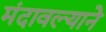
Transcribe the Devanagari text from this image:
मंदावल्याने